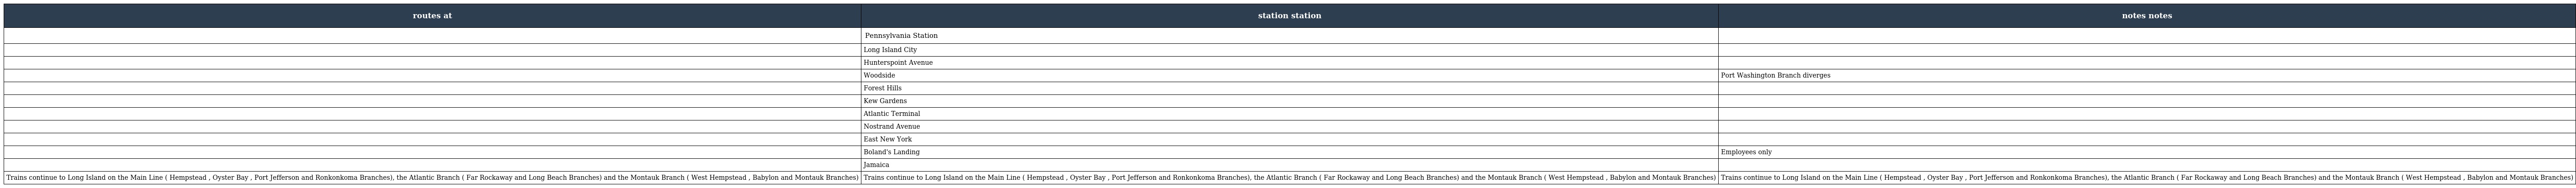
| routes at | station station | notes notes |
 | --- | --- | --- |
 |  | Pennsylvania Station |  |
 |  | Long Island City |  |
 |  | Hunterspoint Avenue |  |
 |  | Woodside | Port Washington Branch diverges |
 |  | Forest Hills |  |
 |  | Kew Gardens |  |
 |  | Atlantic Terminal |  |
 |  | Nostrand Avenue |  |
 |  | East New York |  |
 |  | Boland's Landing | Employees only |
 |  | Jamaica |  |
 | Trains continue to Long Island on the Main Line ( Hempstead , Oyster Bay , Port Jefferson and Ronkonkoma Branches), the Atlantic Branch ( Far Rockaway and Long Beach Branches) and the Montauk Branch ( West Hempstead , Babylon and Montauk Branches) | Trains continue to Long Island on the Main Line ( Hempstead , Oyster Bay , Port Jefferson and Ronkonkoma Branches), the Atlantic Branch ( Far Rockaway and Long Beach Branches) and the Montauk Branch ( West Hempstead , Babylon and Montauk Branches) | Trains continue to Long Island on the Main Line ( Hempstead , Oyster Bay , Port Jefferson and Ronkonkoma Branches), the Atlantic Branch ( Far Rockaway and Long Beach Branches) and the Montauk Branch ( West Hempstead , Babylon and Montauk Branches) |